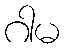
ဂါမ